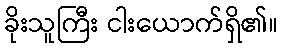
ခိုးသူကြီး ငါးယောက်ရှိ၏။